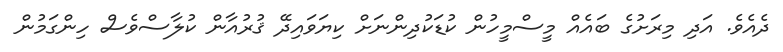
ދެއެވެ. އަދި މިރަށުގެ ބައެއް މީސްމީހުން ކުޑަކުދިންނަށް ކިޔަވައިދޭ ޤުރުއާން ކުލާސްވެސް ހިންގަމުން